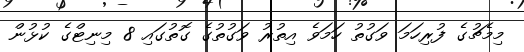
މިމެޗުގެ ފުރިހަމަ ވަގުތު ހަމަވެ އިތުރު ވަގުތުގެ ގޮތުގައި 8 މިނިޓްގެ ކުޅުން